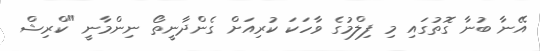
އޭނާ ބުނާ ގޮތުގައި މި ފިލްމުގެ ވާހަކަ ކުރިއަށް ގެންދާނީތޯ ނިންމާނީ "ކްރިޝް